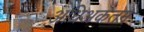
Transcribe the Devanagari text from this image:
अधिअकतम